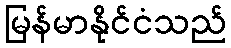
မြန်မာနိုင်ငံသည်